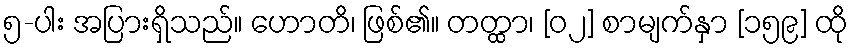
၅-ပါး အပြားရှိသည်။ ဟောတိ၊ ဖြစ်၏။ တတ္ထာ၊ [၀၂] စာမျက်နှာ [၁၅၉] ထို